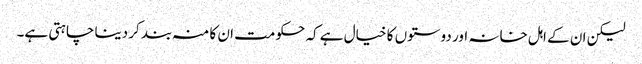
لیکن ان کے اہل خانہ اور دوستوں کا خیال ہے کہ حکومت ان کا منہ بند کر دینا چاہتی ہے۔